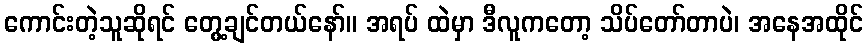
ကောင်းတဲ့သူဆိုရင် တွေ့ချင်တယ်နော်။ အရပ် ထဲမှာ ဒီလူကတော့ သိပ်တော်တာပဲ၊ အနေအထိုင်